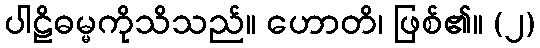
ပါဠိဓမ္မကိုသိသည်။ ဟောတိ၊ ဖြစ်၏။ (၂)